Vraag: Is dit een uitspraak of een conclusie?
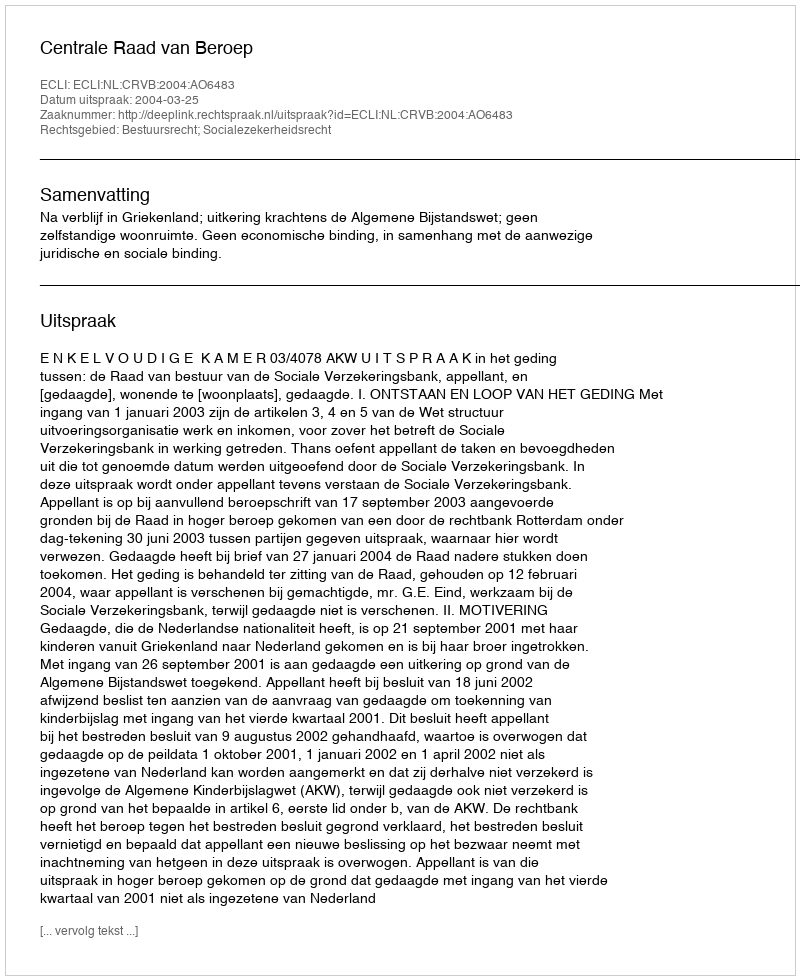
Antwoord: Uitspraak